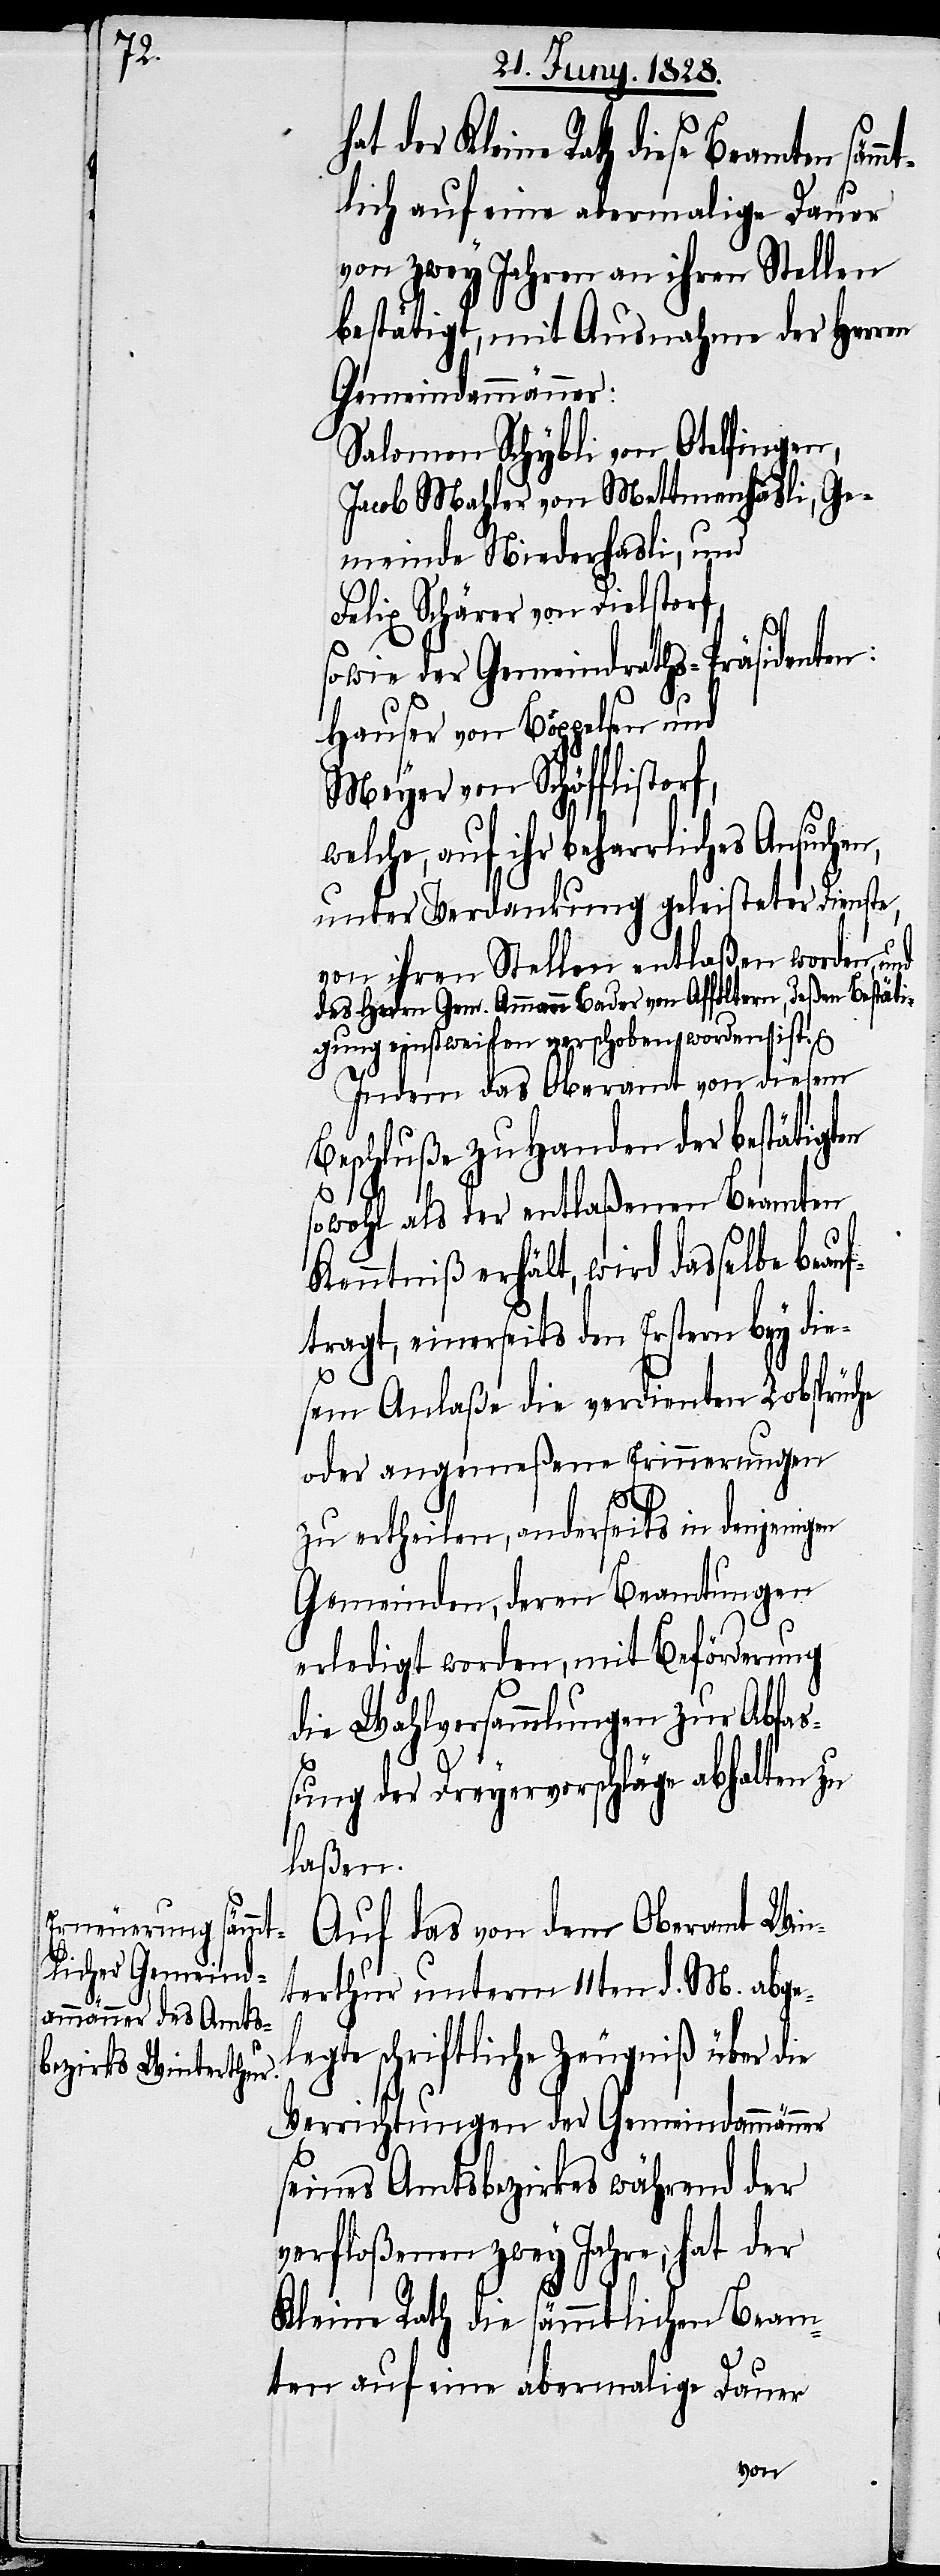
t der Kleine Rath diese Beamten säm¬
lich auf eine abermalige Dauer
von zwey Jahren an ihren Stellen
bestätigt, mit Ausnahme der Herren
Gemeindammänner:
Salomon Schybli von Otelfingen,
Jacob Mahler von Mettmenhäsli, Ge¬
meinde Niederhasli, und
Felix Schärer von Dielstorf,
sowie der Gemeindraths-Präsidenten:
Hauser von Böppelsen und
Meyer von Schöfflistor¬
elche, auf ihr beharrliches
unter Verdankung geleisteter Dienste,
von ihren Stellen entlaßen worden, und
des Herrn Gem. Ammann Bader von Affoltern, deßen Bestäti¬
gung einstweilen verschoben worden ist.
Indem das Oberamt von diesem
Beschluße zu Handen der bestätigten
sowohl als der entlaßenen Beamten
Kenntniß erhält, wird dasselbe beau¬
ftragt, einerseits den Erstern bey die¬
sem Anlaße die verdienten Lobsprüche
oder angemeßene Erinnerungen
w¬
zu ertheilen, anderseits in denjenigen
Gemeinden, deren Beamtungen
erledigt worden, mit Beförderung
die Wahlversammlungen zur Abfa¬
ßung der Dreyervorschläge abhalten zu
laßen.
Auf das von dem Oberamt Win¬
terthur unterm 11ten d. M. abge¬
legte schriftliche Zeugniß über die
Verrichtungen der Gemeindammänner
seines Amtsbezirkes während der
verfloßenen zwey Jahre, hat der
Kleine Rath die sämmtlichen Beam¬
ten auf eine abermalige Dauer